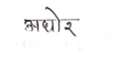
मजकूर: अधोर